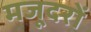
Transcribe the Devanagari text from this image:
मजूदरों